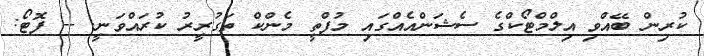
ކުރިން ބޭއްވި އިލްމްޓޯކްގެ ސެޝަންއެއްގައި މުފްތީ މެންކް ތަގުރީރު ކުރައްވަނީ. -- ފޮޓޯ: